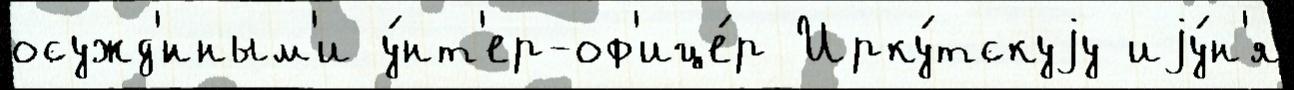
осужд'́нным'и у́нт'ер-оф'ице́р Ирку́тскуjу иjу́н'я